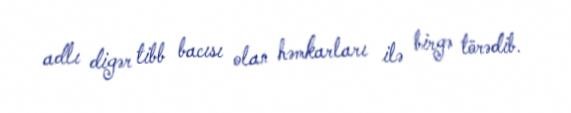
adlı digər tibb bacısı olan həmkarları ilə birgə törədib.